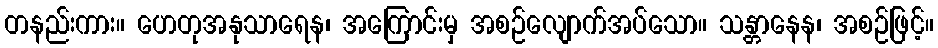
တနည်းကား။ ဟေတုအနုသာရေန၊ အကြောင်းမှ အစဉ်လျောက်အပ်သော။ သန္တာနေန၊ အစဉ်ဖြင့်။